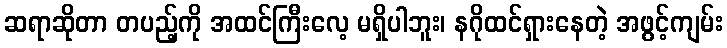
ဆရာဆိုတာ တပည့်ကို အထင်ကြီးလေ့ မရှိပါဘူး၊ နဂိုထင်ရှားနေတဲ့ အဖွင့်ကျမ်း